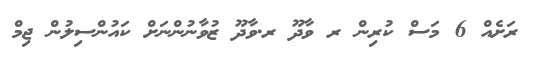
ރަށެއް 6 މަސް ކުރިން ރ ވާދޫ ރ.ވާދޫ ޒުވާނުންނަށް ކައުންސިލުން ޖިމް